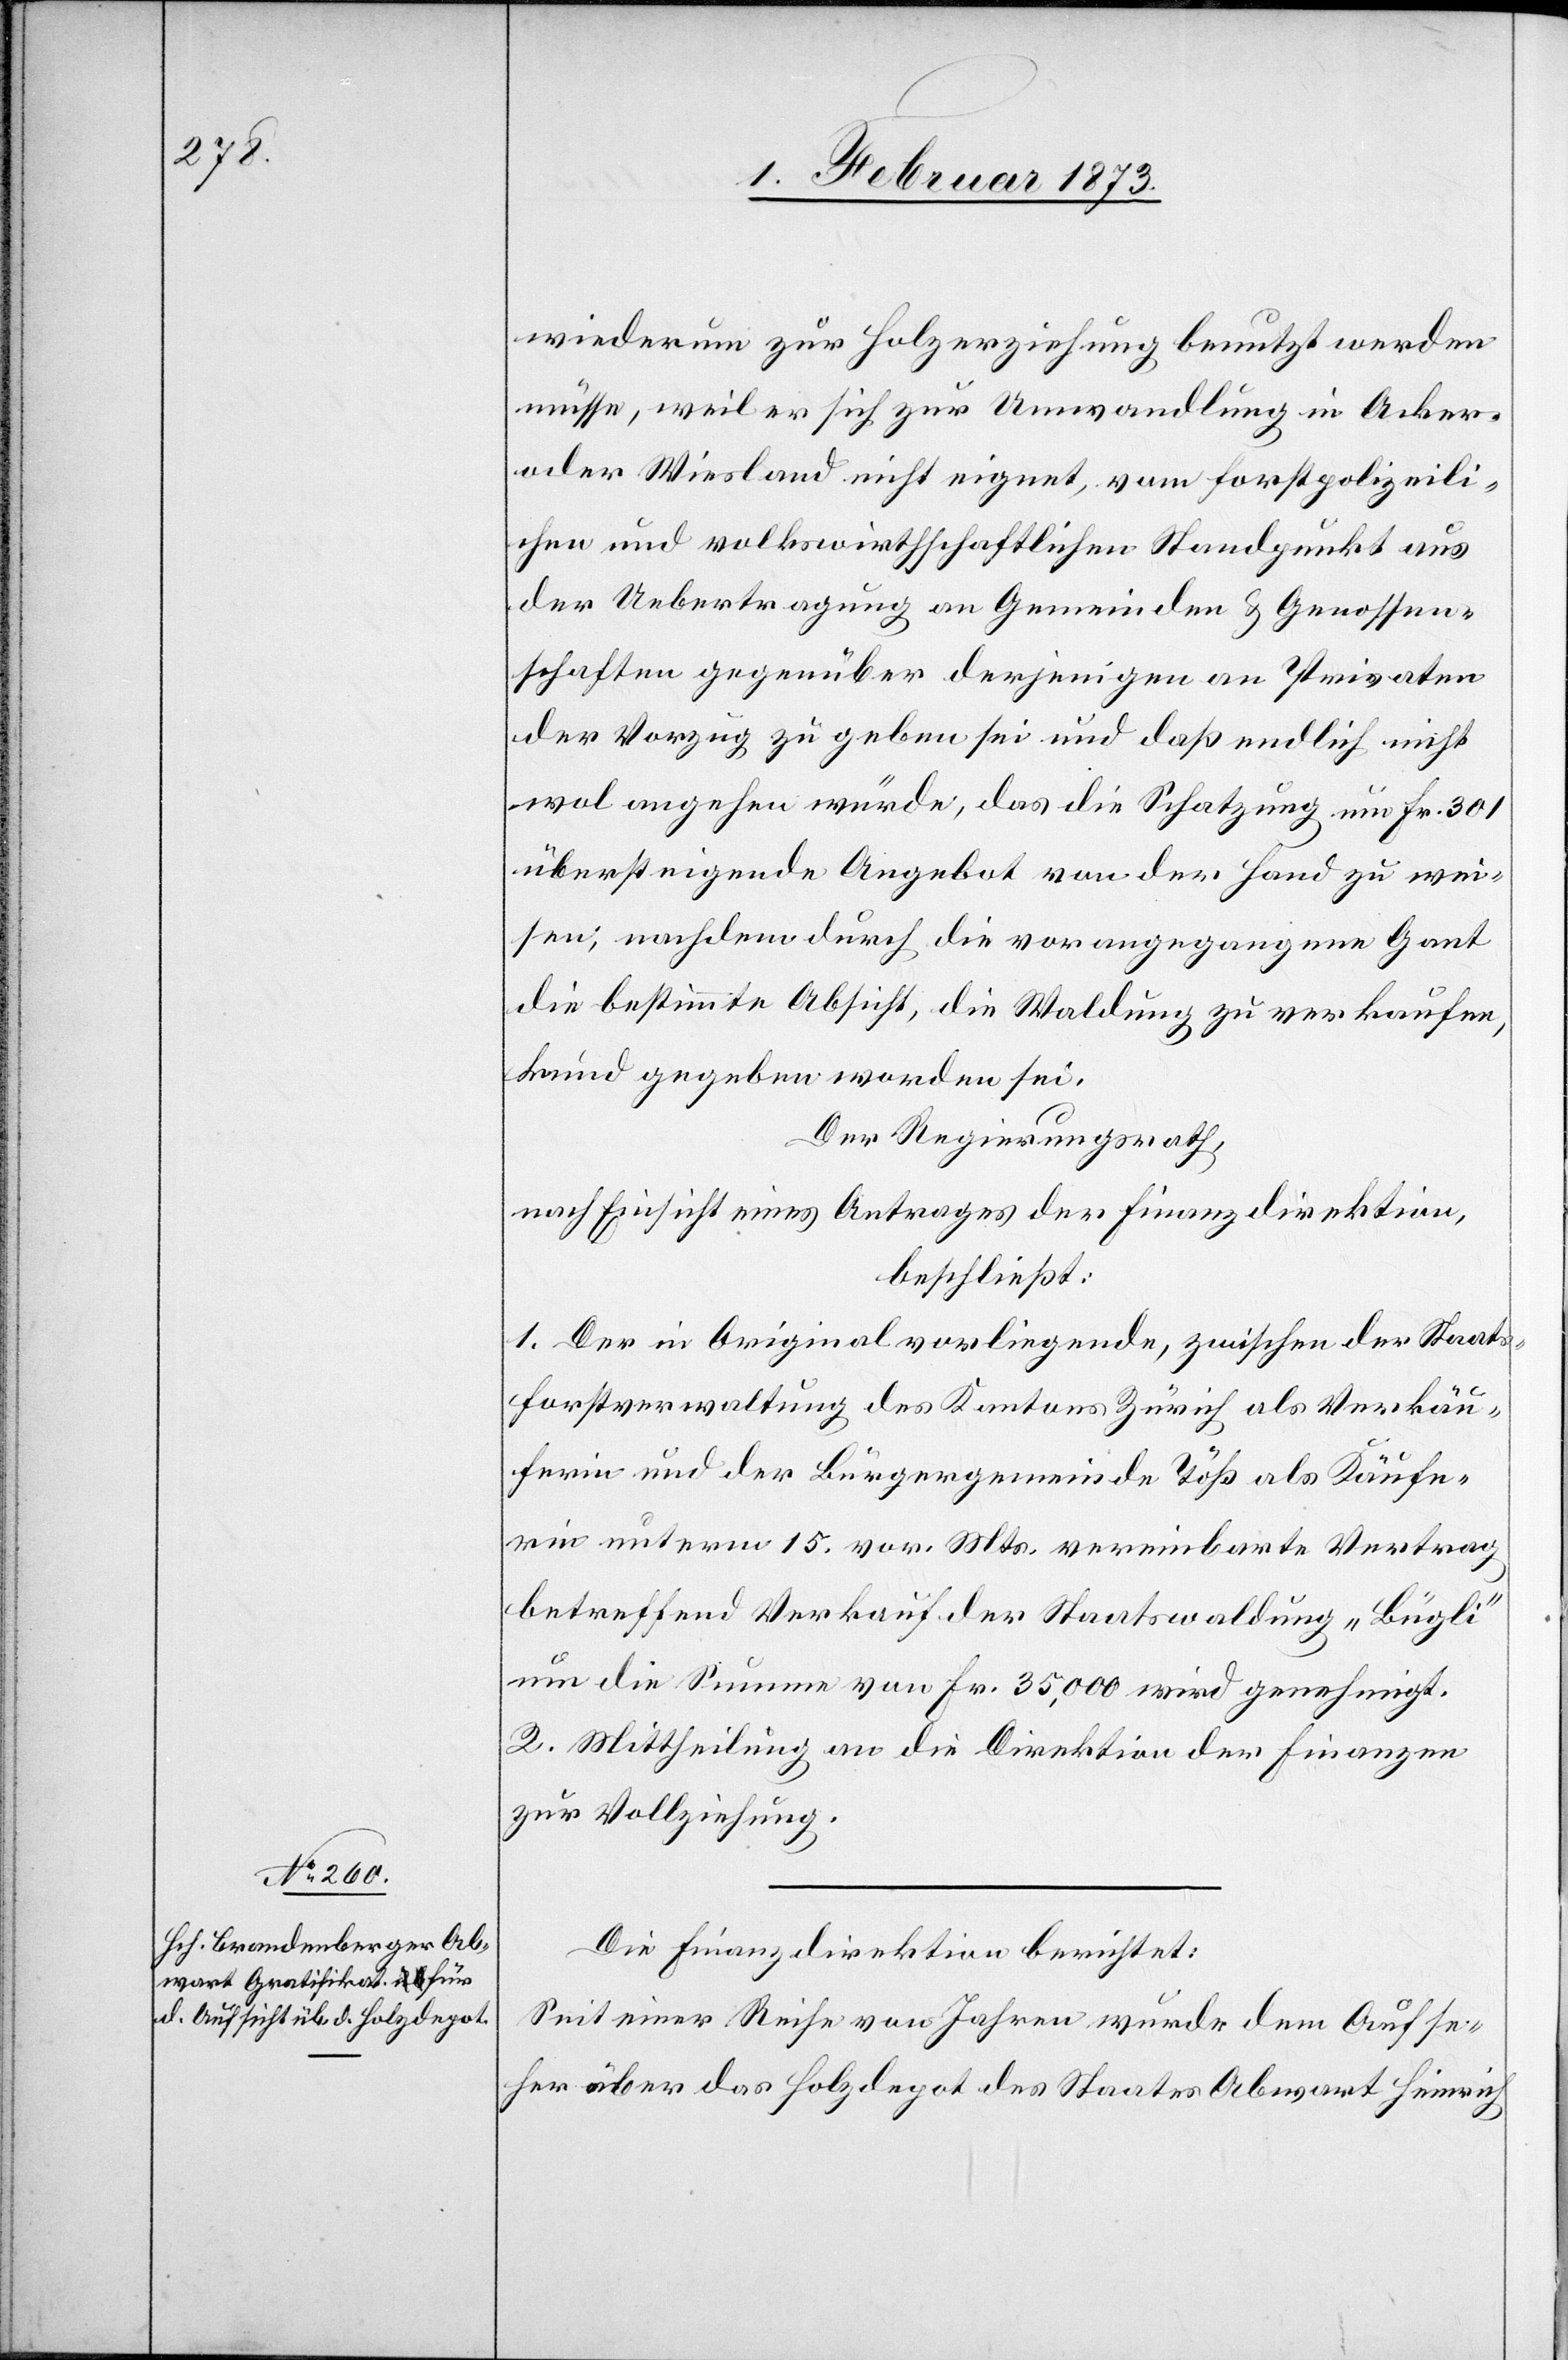
wiederum zur Holzerziehung benutzt werden
müsse, weil er sich zur Umwandlung in Acker-
oder Wiesland nicht eignet, vom forstpolizeili¬
chen und volkswirthschaftlichen Standpunkt aus
der Uebertragung an Gemeinden u. Genossen¬
schaften gegenüber derjenigen an Privaten
der Vorzug zu geben sei und daß endlich nicht
wol angehen würde, das die Schatzung nun Fr. 301
übersteigende Angebot von der Hand zu wei¬
sen, nachdem durch die vorangegangene Gant
die bestimmte Absicht, die Waldung zu verkaufen,
kund gegeben worden sei.
Der Regierungsrath,
nach Einsicht eines Antrages der Finanzdirektion,
beschließt:
1. Der in Original vorliegende, zwischen der Staats¬
forstverwaltung des Kantons Zürich als Verkäu¬
ferin und der Bürgergemeinde Töß als Käufe¬
rin unterm 15. vor. Mts. vereinbarte Vertrag
betreffend Verkauf der Staatswaldung „Bügli“
um die Summe von Fr. 35,000 wird genehmigt.
2. Mittheilung an die Direktion der Finanzen
zur Vollziehung.
Die Finanzdirektion berichtet:
Seit einer Reihe von Jahren wurde dem Aufse¬
her über das Holzdepot des Staates Abwart Heinrich